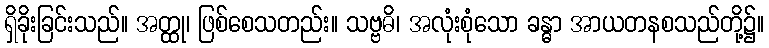
ရှိခိုးခြင်းသည်။ အတ္ထု၊ ဖြစ်စေသတည်း။ သဗ္ဗဓိ၊ အလုံးစုံသော ခန္ဓာ အာယတနစသည်တို့၌။